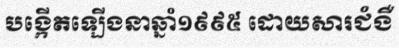
បង្កើតឡើងនាឆ្នាំ១៩៩៥ ដោយសារជំងឺ